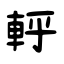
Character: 軤